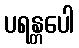
ပရန္တပေါ